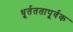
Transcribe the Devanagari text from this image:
धूर्तततापूर्वक